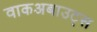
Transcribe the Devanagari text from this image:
वाकअबाउट्स